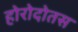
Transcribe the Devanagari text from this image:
होरोदोतस